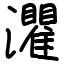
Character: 灈